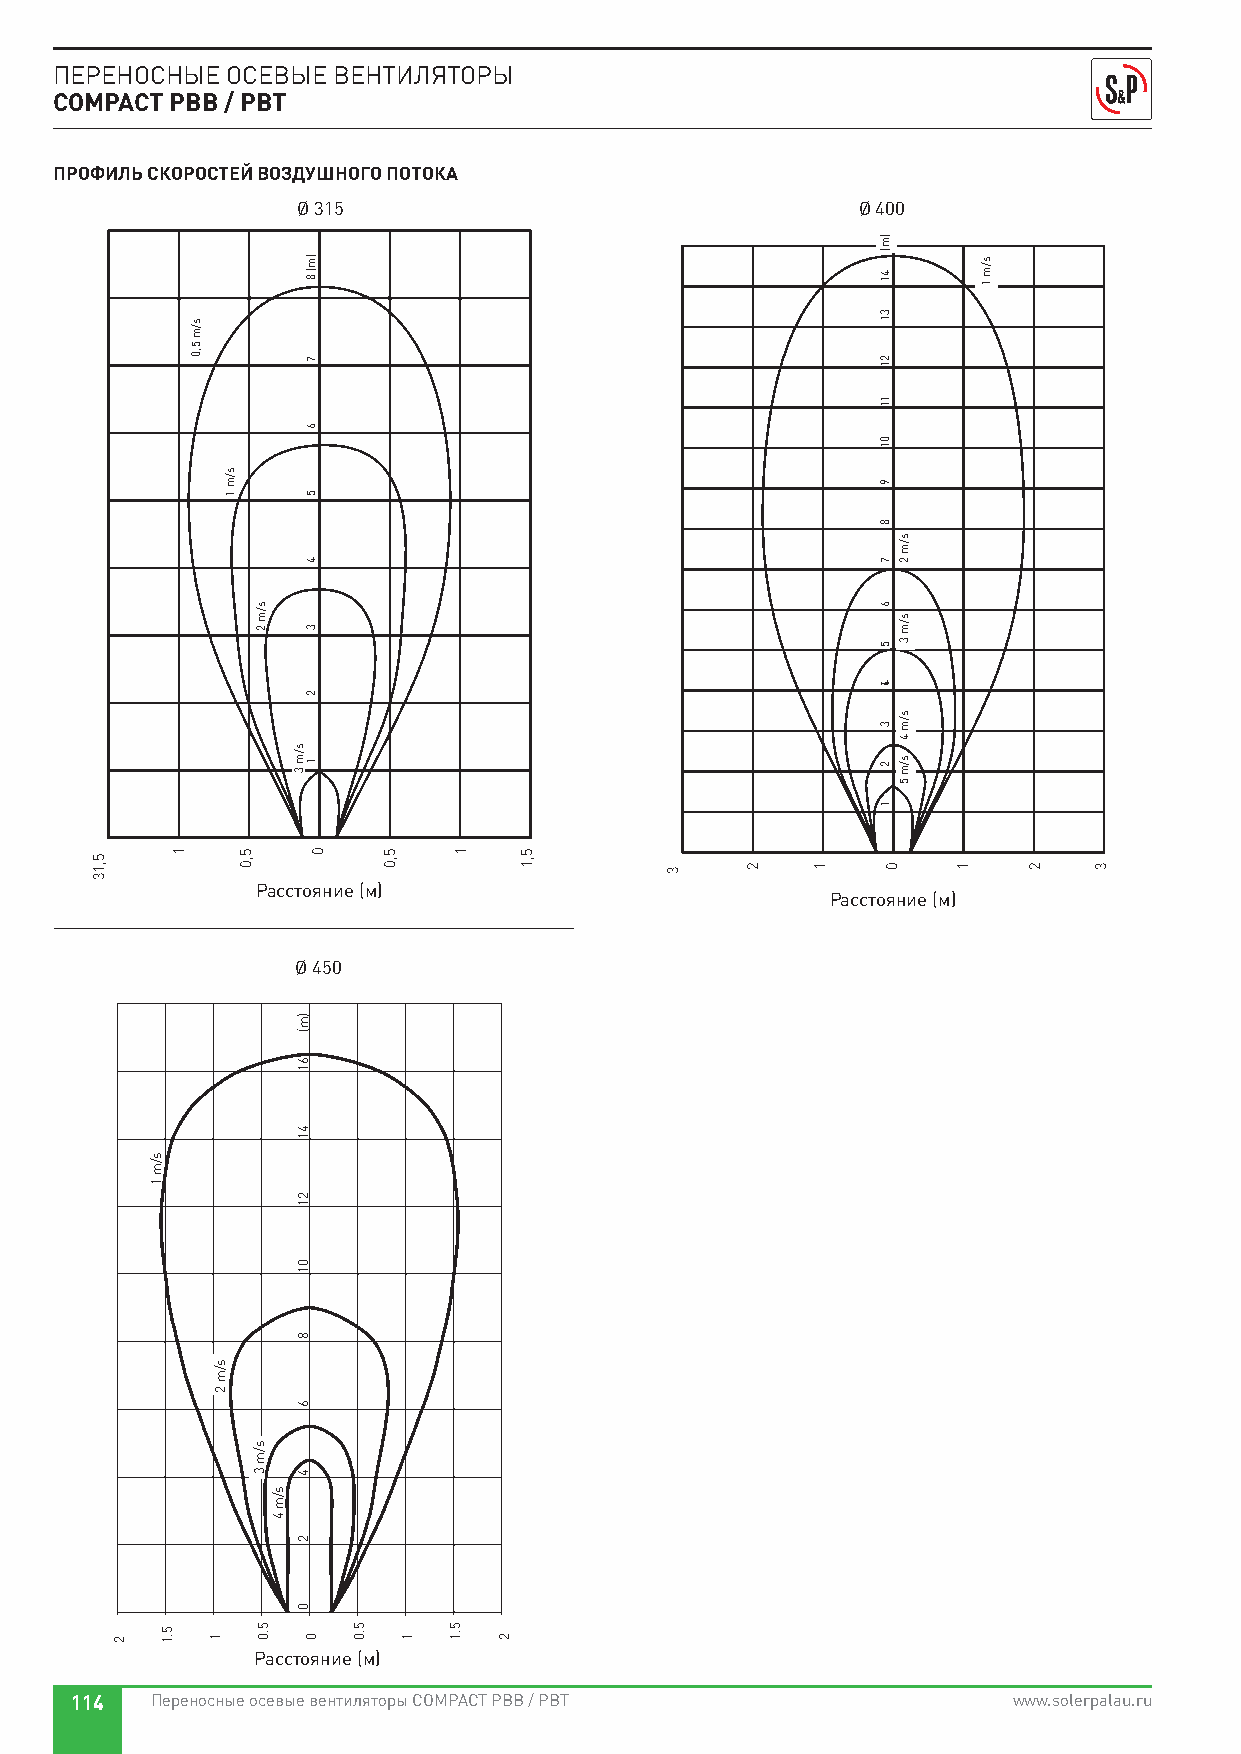
ПЕРЕНОСНЫЕ ОСЕВЫЕ ВЕНТИЛЯТОРЫ
 COMPACT PBB / PBT
 ПРОФИЛЬ СКОРОСТЕЙ ВОЗДУШНОГО ПОТОКА
 Ø 315                                Ø 400
 РаDсiсsтtaоnяcнiaи (еm )(м)            Distancia (m)
 Расстояние (м)
 Ø 450
 Расстояние (м)
 114  Переносные осевые вентиляторы COMPACT PBB / PBT          www.solerpalau.ru
 5,13
 2
 s/m
 1
 5.1
 1
 s/m
 5,0
 s/m
 2
 1
 s/m
 1
 5,0
 s/m
 2
 s/m
 3
 5.0
 s/m
 4
 s/m
 3
 )m(
 61
 41
 21
 01
 8
 6
 4
 2
 0
 )m(
 8
 7
 6
 5
 4
 3
 2
 1
 0
 0
 5.0
 5,0
 1
 1
 5.1
 2
 5,1
 3    2    1
 )m(
 41
 31
 21
 11
 01
 9
 8
 7
 6
 5
 41
 3
 2
 1
 0
 s/m
 2
 s/m
 3
 s/m
 4
 s/m
 5
 1
 s/m
 1
 2   3